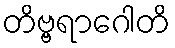
တိဗ္ဗရာဂေါတိ